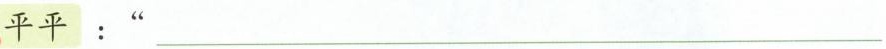
平平：“___